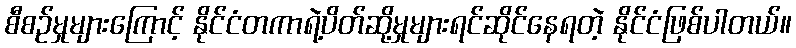
စီစဉ်မှုများကြောင့် နိုင်ငံတကာရဲ့ပိတ်ဆို့မှုများရင်ဆိုင်နေရတဲ့ နိုင်ငံဖြစ်ပါတယ်။